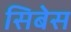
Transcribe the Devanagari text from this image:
सिबेस